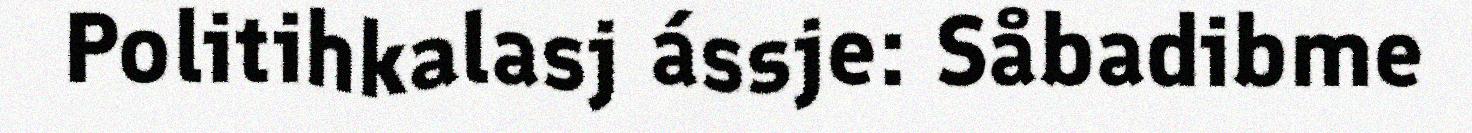
Politihkalasj ássje: Såbadibme